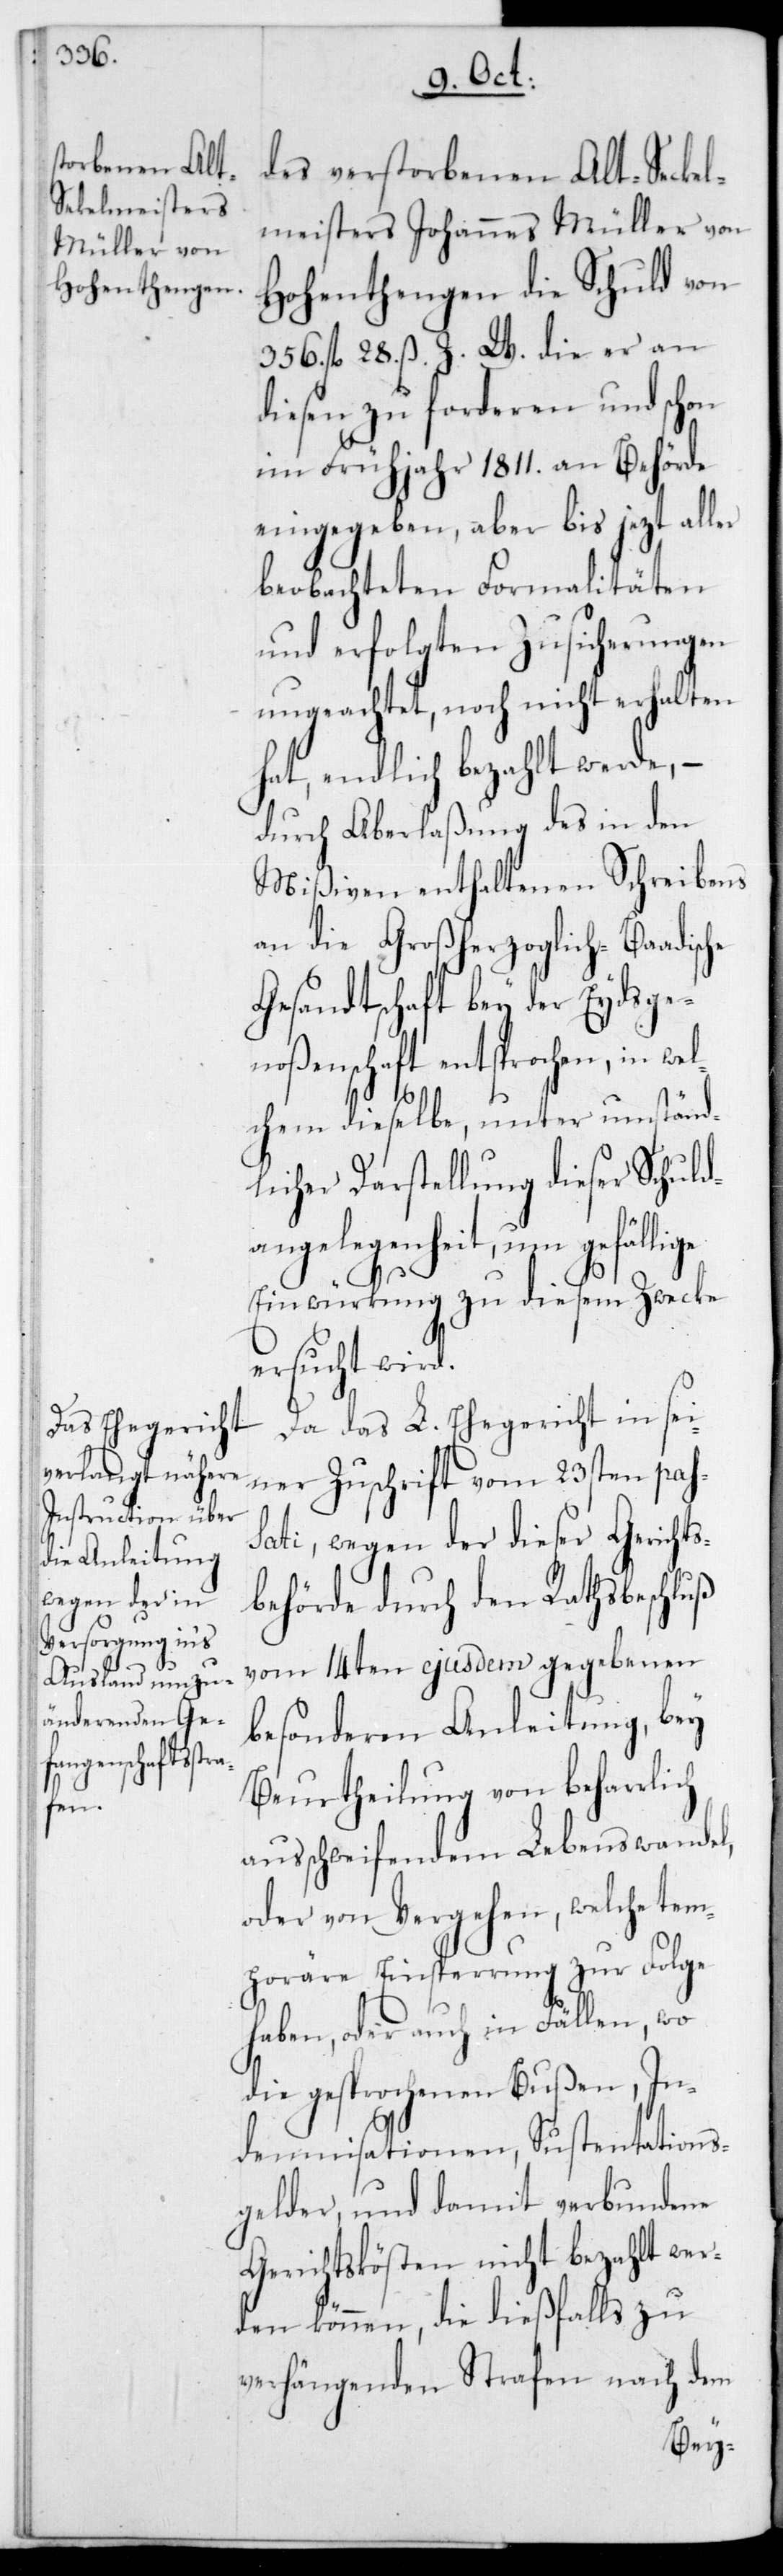
ige

des verstorbenen Alt-Sekel¬
meisters Johannes Müller von
Hohenthengen die Schuld von
356 fl. 28 ß Z. W., die er an
diesen zu forderen und schon
im Frühjahr 1811 an Behörde
eingegeben, aber bis jezt aller
beobachteten Formalitäten
und erfolgten Zusicherungen
ungeachtet, noch nicht erhalten
hat, endlich bezahlt werde, –
durch Aberlaßung des in den
Mißiven enthaltenen Schreibens
an die Großherzoglich-Baadische
Gesandtschaft bey der Eydsge¬
noßenschaft entsprochen, in wel¬
chem dieselbe, unter umständ¬
licher Darstellung dieser Schuld¬
angelegenheit, um gefäll¬
Einwürkung zu diesem Zwecke
ersucht wird.
Da das L. Ehegericht in sei¬
ner Zuschrift vom 23sten pas¬
sati, wegen der dieser Gerichts¬
behörde durch den Rathsbeschluß
vom 14ten ejusdem gegebenen
besonderen Anleitung, bey
Beurtheilung von beharrlich
ausschweifendem Lebenswandel,
oder von Vergehen, welche tem¬
poräre Einsperrung zur Folge
haben, oder auch in Fällen, wo
die gesprochenen Bußen, In¬
demnisationen, Sustentations¬
gelder, und damit verbundene
Gerichtskösten nicht bezahlt wer¬
den können, die dießfalls zu
verhängenden Strafen nach dem